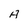
Character: A